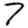
Digit: 7